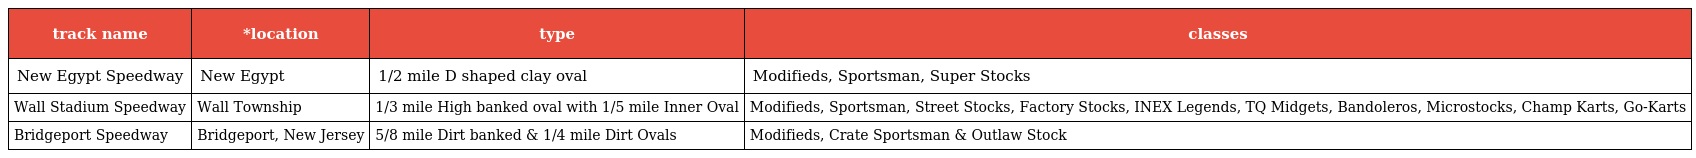
| track name | *location | type | classes |
 | --- | --- | --- | --- |
 | New Egypt Speedway | New Egypt | 1/2 mile D shaped clay oval | Modifieds, Sportsman, Super Stocks |
 | Wall Stadium Speedway | Wall Township | 1/3 mile High banked oval with 1/5 mile Inner Oval | Modifieds, Sportsman, Street Stocks, Factory Stocks, INEX Legends, TQ Midgets, Bandoleros, Microstocks, Champ Karts, Go-Karts |
 | Bridgeport Speedway | Bridgeport, New Jersey | 5/8 mile Dirt banked & 1/4 mile Dirt Ovals | Modifieds, Crate Sportsman & Outlaw Stock |